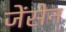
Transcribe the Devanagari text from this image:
जेंसेन